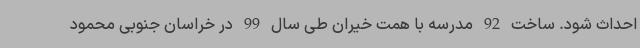
احداث شود. ساخت 92 مدرسه با همت خیران طی سال 99 در خراسان جنوبی محمود